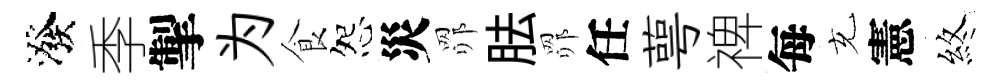
潑季掣为食怨災𦊑胠𦊑任萼禆每充憲煞